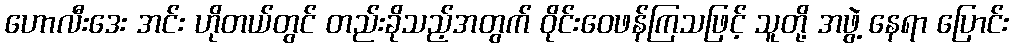
ဟောလီးဒေး အင်း ဟိုတယ်တွင် တည်းခိုသည့်အတွက် ဝိုင်းဝေဖန်ကြသဖြင့် သူတို့ အဖွဲ့ နေရာ ပြောင်း